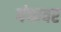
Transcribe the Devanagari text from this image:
गंधावर